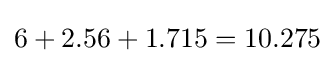
6+2.56+1.715=10.275